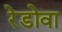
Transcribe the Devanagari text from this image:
रेडोवा